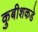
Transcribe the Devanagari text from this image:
कुबीशकडे